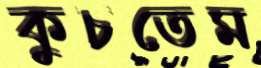
কুচতেম